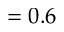
= 0 . 6